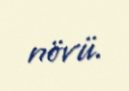
növü.